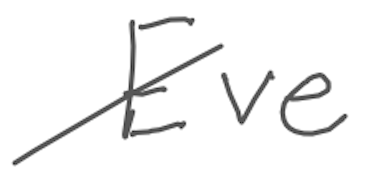
Text: Eve
Cross-out: diagonal
Writing tool: digital_gray